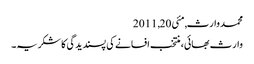
محمد وارث, ‏مئی 20, 2011
وارث بھائی، منتخب افسانے کی پسندیدگی کا شکریہ۔